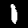
Digit: 1